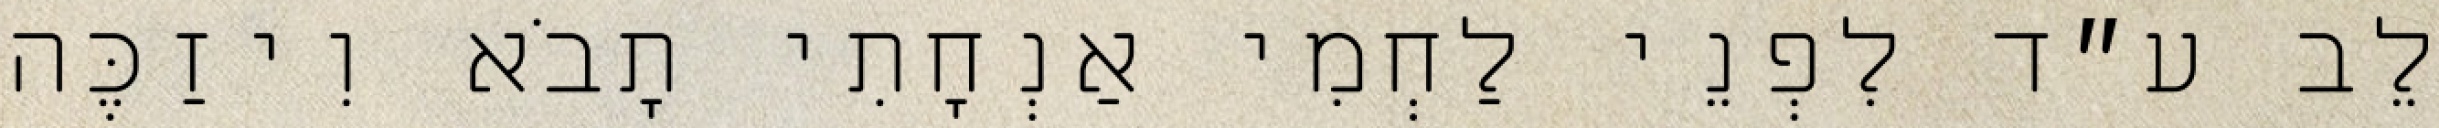
לֵב ע״ד לִפְנֵי לַחְמִי אַנְחָתִי תָבֹא וִיזַכֶּה